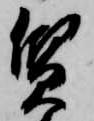
質